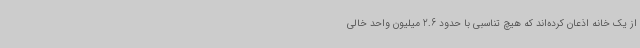
از یک خانه اذعان کرده‌اند که هیچ تناسبی با حدود 2.6 میلیون واحد خالی